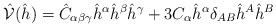
LaTeX: \begin{align*}\hat{\mathcal{V}}(\hat{h})={\hat{C}}_{\alpha \beta \gamma} {\hat{h}}^{\alpha} {\hat{h}}^{\beta}{\hat{h}}^{\gamma}+3 C_{\alpha}{\hat{h}}^{\alpha} \delta_{AB}{\hat{h}}^{A}{\hat{h}}^{B}\end{align*}